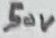
Text: 50V